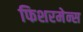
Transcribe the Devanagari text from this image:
फिशरमेन्स